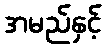
အမည်နှင့်